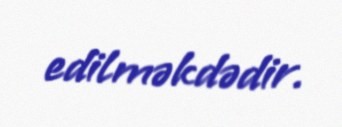
edilməkdədir.